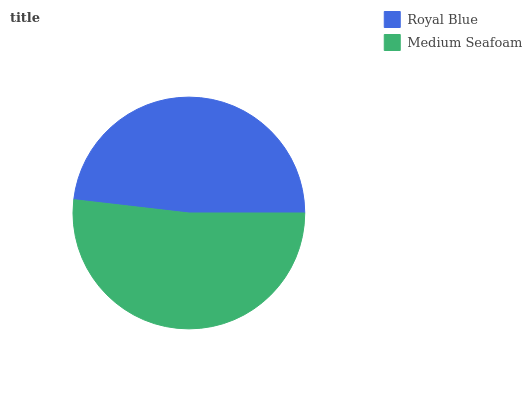
| Royal Blue | Medium Seafoam |
 | --- | --- |
 | 48.2% | 51.8% |